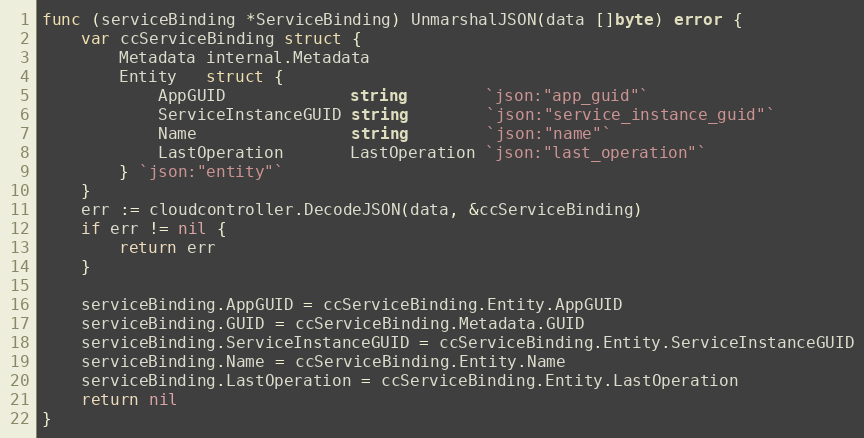
Language: Go
func (serviceBinding *ServiceBinding) UnmarshalJSON(data []byte) error {
	var ccServiceBinding struct {
		Metadata internal.Metadata
		Entity   struct {
			AppGUID             string        `json:"app_guid"`
			ServiceInstanceGUID string        `json:"service_instance_guid"`
			Name                string        `json:"name"`
			LastOperation       LastOperation `json:"last_operation"`
		} `json:"entity"`
	}
	err := cloudcontroller.DecodeJSON(data, &ccServiceBinding)
	if err != nil {
		return err
	}

	serviceBinding.AppGUID = ccServiceBinding.Entity.AppGUID
	serviceBinding.GUID = ccServiceBinding.Metadata.GUID
	serviceBinding.ServiceInstanceGUID = ccServiceBinding.Entity.ServiceInstanceGUID
	serviceBinding.Name = ccServiceBinding.Entity.Name
	serviceBinding.LastOperation = ccServiceBinding.Entity.LastOperation
	return nil
}